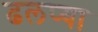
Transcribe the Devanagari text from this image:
ढलप्या